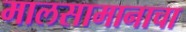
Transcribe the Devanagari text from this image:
मालसामानाचा